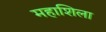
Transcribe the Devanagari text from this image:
महाशिला